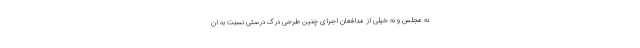
نه مجلس و نه خیلی از مدافعان اجرای چنین طرحی درک درستی نسبت به ان